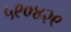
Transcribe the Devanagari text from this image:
५९०४२९